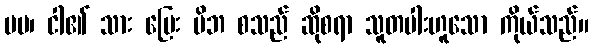
မမ၊ ငါ၏ သား မြေး မိဘ စသည် ဆိုစရာ သူတပါးဟူသော ကိုယ်သည်။